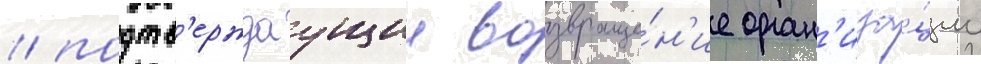
/ подтв'ерждаущии возвраще́н'ие орган'иза́ции